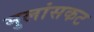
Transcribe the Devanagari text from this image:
मुलांसकट